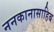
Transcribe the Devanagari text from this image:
ननकानासाहिब